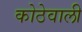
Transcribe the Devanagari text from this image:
कोठेवाली